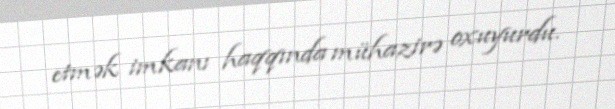
etmək imkanı haqqında mühazirə oxuyurdu.